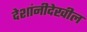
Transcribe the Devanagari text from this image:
देशांनीदेखील